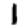
Digit: 1